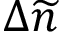
\Delta \widetilde n